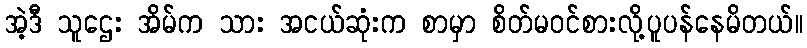
အဲ့ဒီ သူဌေး အိမ်က သား အငယ်ဆုံးက စာမှာ စိတ်မဝင်စားလို့ပူပန်နေမိတယ်။